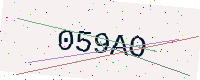
Text: 059AO